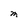
Character: M